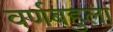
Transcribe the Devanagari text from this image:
वर्णबहुला